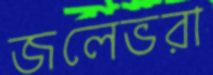
জলেভরা